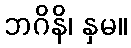
ဘဂိနိ၊ နှမ။